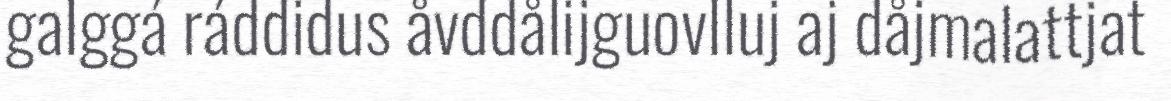
galggá ráddidus åvddålijguovlluj aj dåjmalattjat